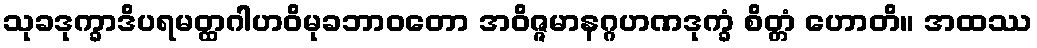
သုခဒုက္ခာဒိပရမတ္ထဂါဟဝိမုခဘာဝတော အဝိဇ္ဇမာနဂ္ဂဟဏဒုက္ခံ စိတ္တံ ဟောတိ။ အထဿ